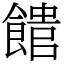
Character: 𩝡